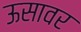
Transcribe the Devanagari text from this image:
ऊसावर